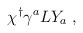
\begin{align*}\chi^{\dagger} \gamma^a L Y_a \; ,\end{align*}